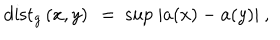
LaTeX: \mathrm { d i s t } _ { g } \left( x , y \right) \ = \ \mathrm { s u p } \ | a ( x ) - a ( y ) | \ ,